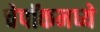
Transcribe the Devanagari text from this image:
चेपॉकमध्ये